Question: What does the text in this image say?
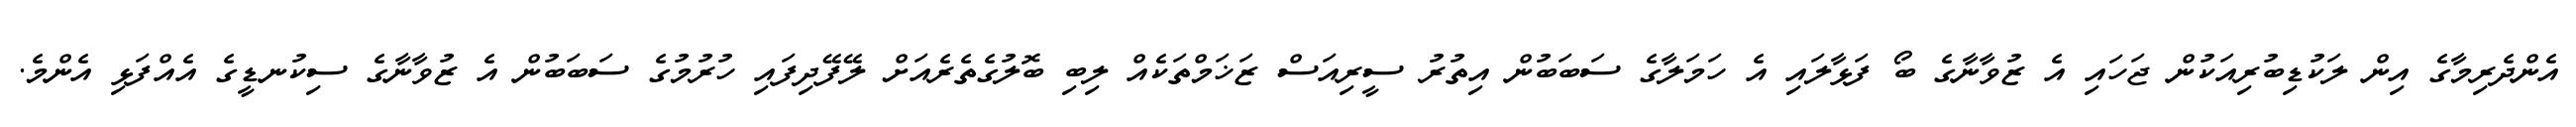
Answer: އެންދެރިމާގެ އިން ލަކުޑިބުރިއަކުން ޖަހައި އެ ޒުވާނާގެ ބޯ ފަޅާލައި އެ ހަމަލާގެ ސަބަބުން އިތުރު ސީރިއަސް ޒަޚަމްތަކެއް ލިބި ބޮލުގެތެރެއަށް ލޭފޭދިފައި ހުރުމުގެ ސަބަބުން އެ ޒުވާނާގެ ސިކުނޑީގެ އެއްފަޅި އެންމެ.